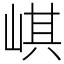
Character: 𡸷